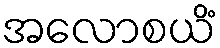
အလောစယိံ